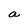
Character: a